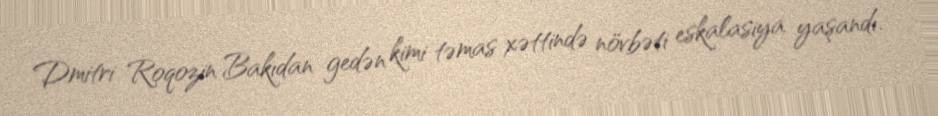
Dmitri Roqozin Bakıdan gedən kimi təmas xəttində növbəti eskalasiya yaşandı.